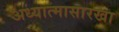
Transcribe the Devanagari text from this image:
अध्यात्मासारखा